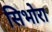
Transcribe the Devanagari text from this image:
सिभोरा